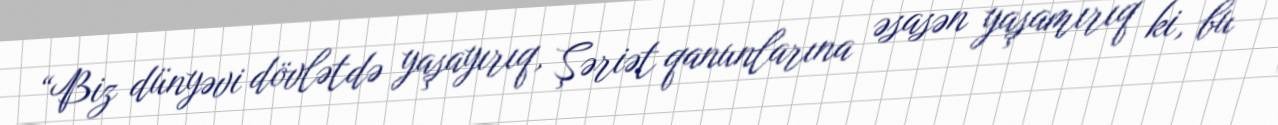
“Biz dünyəvi dövlətdə yaşayırıq, Şəriət qanunlarına əsasən yaşamırıq ki, bu